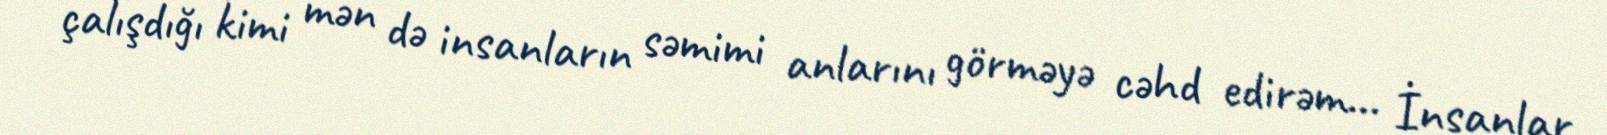
çalışdığı kimi mən də insanların səmimi anlarını görməyə cəhd edirəm... İnsanlar